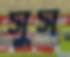
সুস